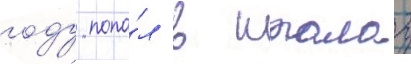
году попа́л в шталаг